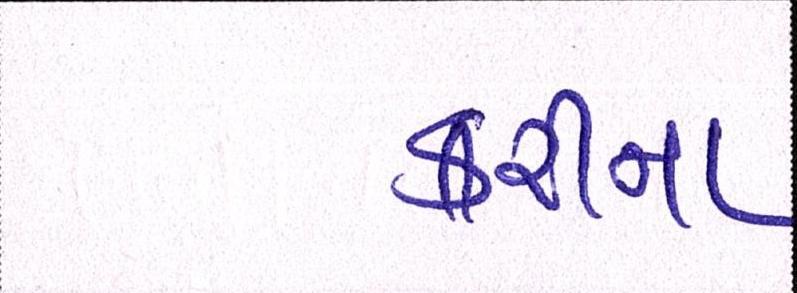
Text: કરીના